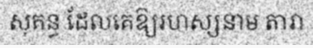
សុគន្ធ ដែលគេឱ្យរហស្សនាម តារា